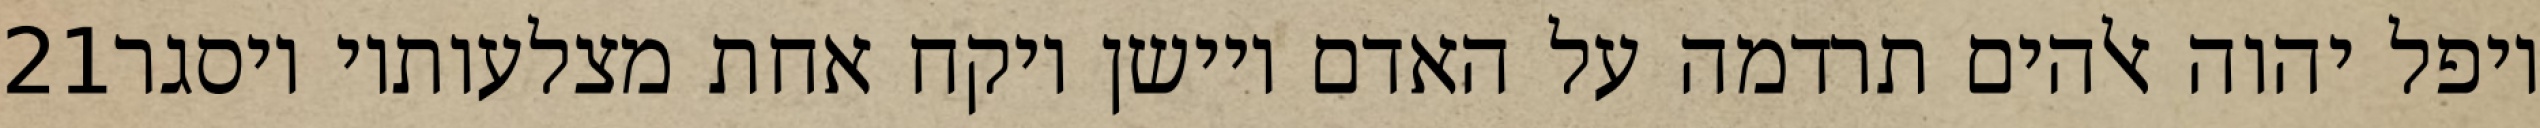
‎21‏ ויפל יהוה אלהים תרדמה על האדם ויישן ויקח אחת מצלעותיו ויסגר